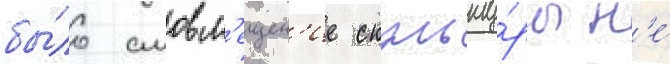
бы́ло смовм'ещен'ие скульпту́ры н'е́